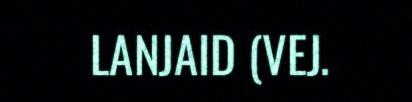
LANJAID (VEJ.